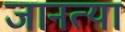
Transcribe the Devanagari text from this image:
जानत्या